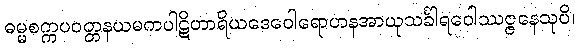
ဓမ္မစက္ကပဝတ္တနယမကပါဋိဟာရိယဒေဝေါရောဟနအာယုသင်္ခါရဝေါဿဇ္ဇနေသုပိ၊